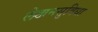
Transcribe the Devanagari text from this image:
लेखनसुविधा